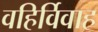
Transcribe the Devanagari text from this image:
वहिर्विवाह